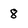
Character: 8